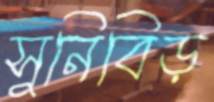
সুনিবিড়